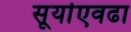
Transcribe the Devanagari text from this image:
सूर्याएवढा